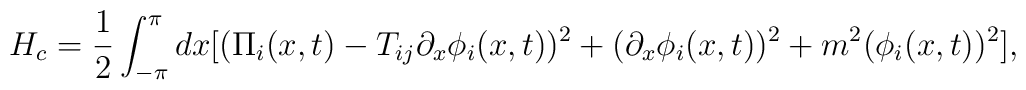
H_{c}=\frac{1}{2}\int_{-\pi}^{\pi}dx[(\Pi_{i}(x,t)-T_{ij}\partial_{x}\phi_{i}(x,t))^{2}+(\partial_{x}\phi_{i}(x,t))^{2}+m^{2}(\phi_{i}(x,t))^{2}],